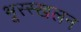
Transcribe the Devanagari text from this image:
भूस्स्खलन